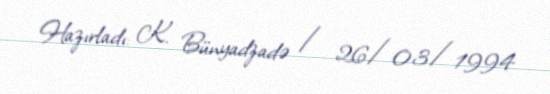
Hazırladı: K. Bünyadzadə / 26/03/1994